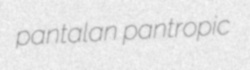
pantalan pantropic